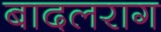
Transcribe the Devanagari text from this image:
बादलराग